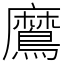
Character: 䳸